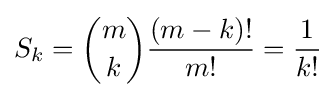
S_{k}={\binom {m}{k}}{\frac {(m-k)!}{m!}}={\frac {1}{k!}}